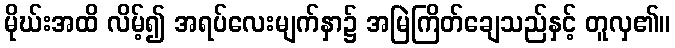
မိုဃ်းအထိ လိမ့်၍ အရပ်လေးမျက်နှာ၌ အမြဲကြိတ်ချေသည်နှင့် တူလှ၏။